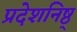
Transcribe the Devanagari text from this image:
प्रदेशनिष्ठ्